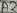
Text: A2